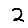
Digit: 2